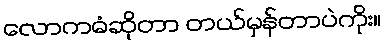
လောကဓံဆိုတာ တယ်မှန်တာပဲကိုး။